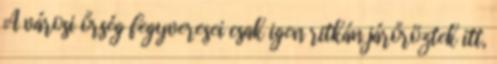
A városi őrség fegyveresei csak igen ritkán járőröztek itt,